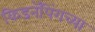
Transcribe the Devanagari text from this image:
किडनॅपिंगच्या